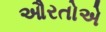
ઔરતોએ